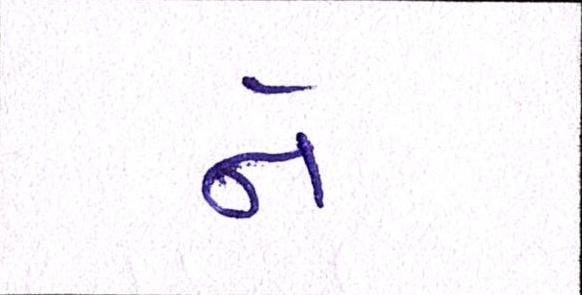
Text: ને